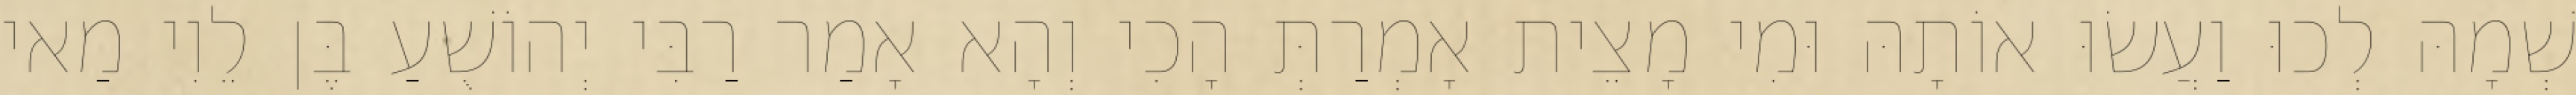
שְׁמָהּ לְכוּ וַעֲשׂוּ אוֹתָהּ וּמִי מָצֵית אָמְרַתְּ הָכִי וְהָא אָמַר רַבִּי יְהוֹשֻׁעַ בֶּן לֵוִי מַאי